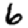
Digit: 6